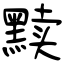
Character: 黩